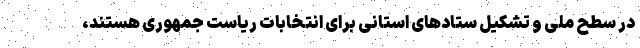
در سطح ملی و تشکیل ستادهای استانی برای انتخابات ریاست جمهوری هستند،